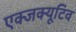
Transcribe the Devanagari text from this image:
एक्जक्यूटिव